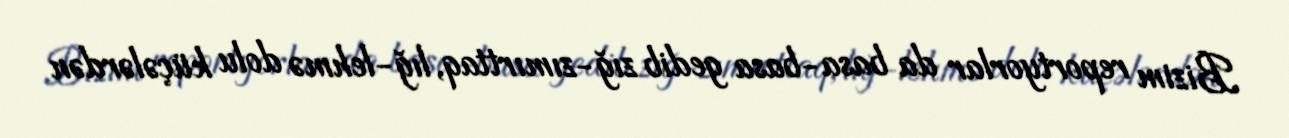
Bizim reportyorlar da basa-basa gedib zığ-zımırttaq, lığ-lehmə dolu küçələrdən